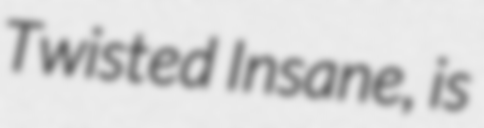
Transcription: Twisted Insane, is